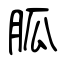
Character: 胍